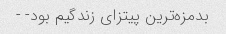
بدمزه‌ترین پیتزای زندگیم بود- -